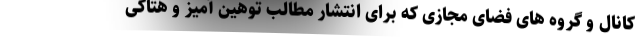
کانال و گروه های فضای مجازی که برای انتشار مطالب توهین آمیز و هتاکی